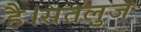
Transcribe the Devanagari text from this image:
है।सतलुज